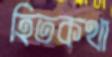
হিতকথা